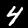
Digit: 4